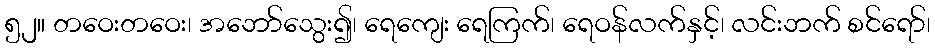
၅၂။ တဝေးတဝေး၊ အဘော်သွေး၍၊ ရေကျေး ရေကြက်၊ ရေဝန်လက်နှင့်၊ လင်းဘက် စင်ရော်၊